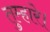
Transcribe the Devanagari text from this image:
तुम्हारे।